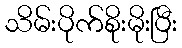
သိမ်းပိုက်စိုးမိုးပြီး